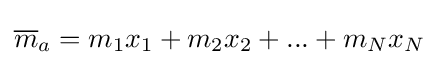
{\overline {m}}_{a}=m_{1}x_{1}+m_{2}x_{2}+...+m_{N}x_{N}